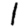
Digit: 1